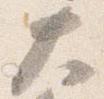
大